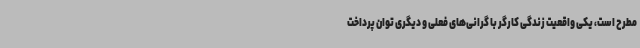
مطرح است، یکی واقعیت زندگی کارگر با گرانی‌های فعلی و دیگری توان پرداخت